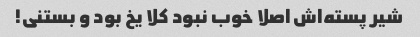
شیر پسته‌اش اصلا خوب نبود کلا یخ بود و بستنی!